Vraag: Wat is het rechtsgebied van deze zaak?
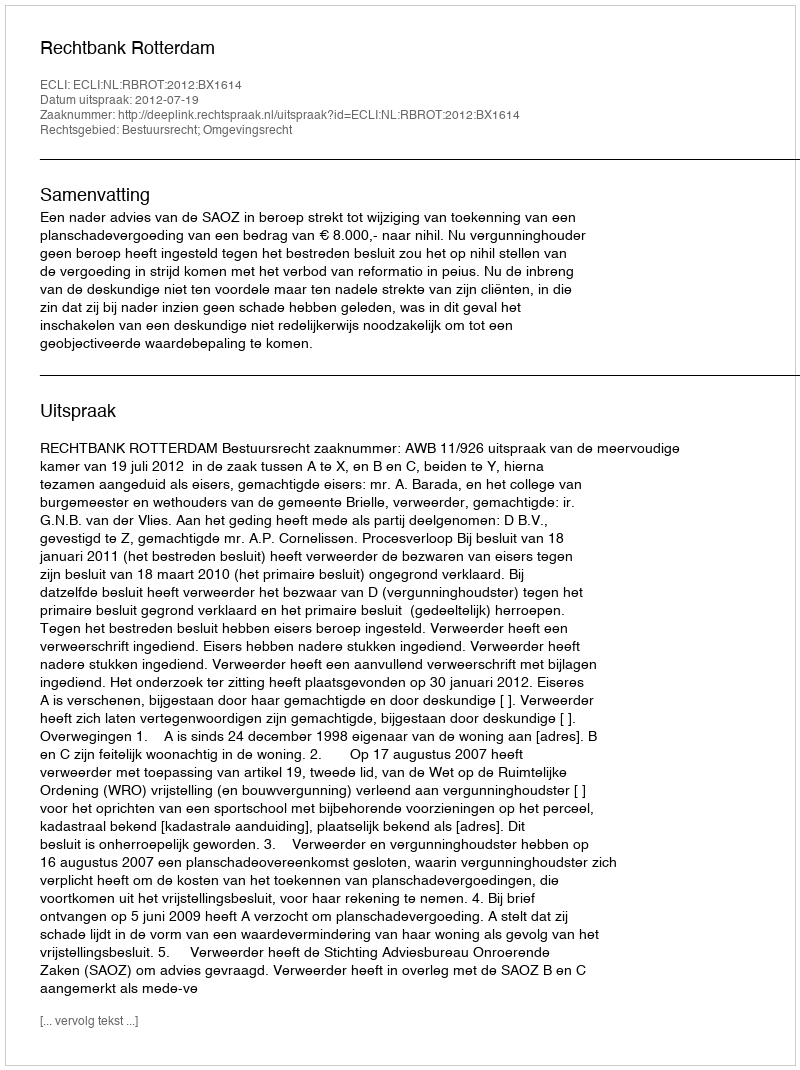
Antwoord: Bestuursrecht; Omgevingsrecht